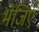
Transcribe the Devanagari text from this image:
भेजिए